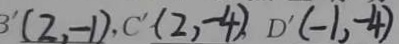
B ^ { \prime } ( 2 - 1 ) , C ^ { \prime } ( 2 , - 4 ) D ^ { \prime } ( - 1 , - 4 )